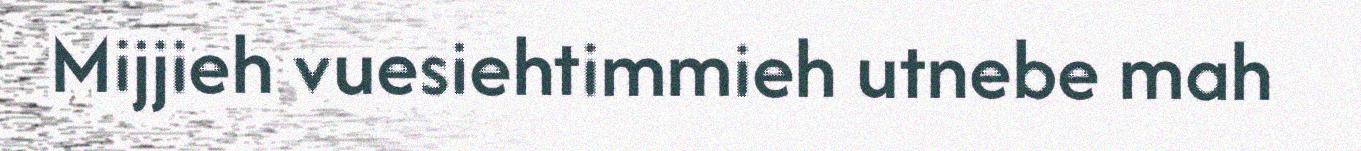
Mijjieh vuesiehtimmieh utnebe mah